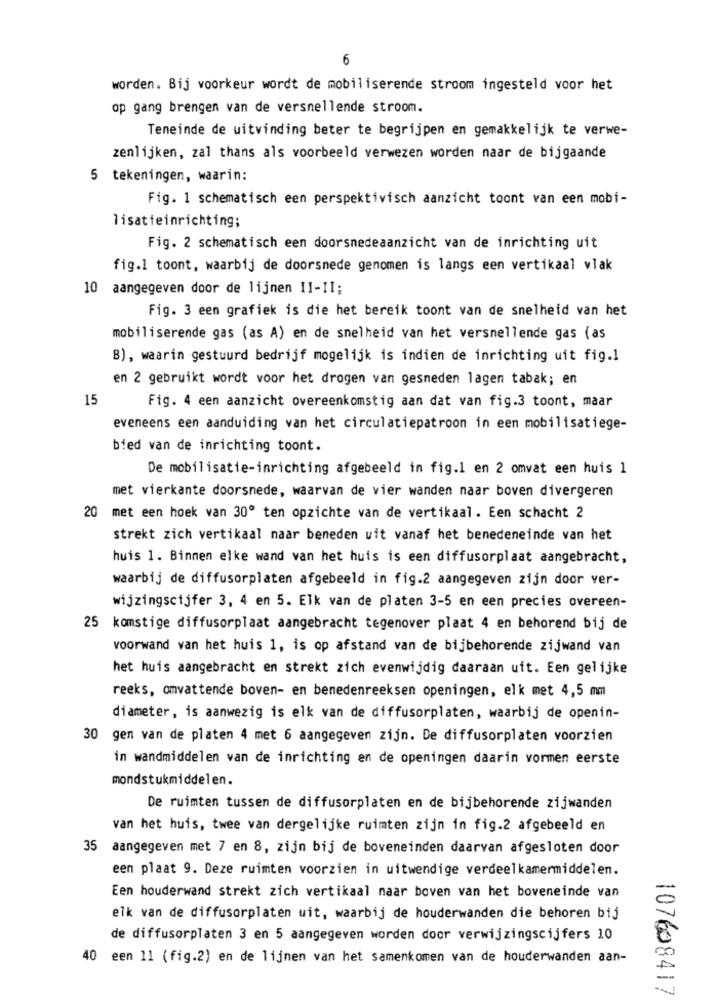
6
worden. Bij voorkeur wordt de mobiliserende stroom ingesteld voor het
op gang brengen van de versnellende stroom.
Teneinde de uitvinding beter te begrijpen en gemakkelijk te verwe-
zenlijken, zal thans als voorbeeld verwezen worden naar de bijgaande
5 tekeningen, waarin:
Fig. 1 schematisch een perspektivisch aanzicht toont van een mobi-
lisatieinrichting;
Fig. 2 schematisch een doorsnedeaanzicht van de inrichting uit
fig.1 toont, waarbij de doorsnede genomen is langs een vertikaal vlak
10 aangegeven door de lijnen II-II:
Fig. 3 een grafiek is die het bereik toont van de snelheid van het
mobiliserende gas (as A) en de snelheid van het versnellende gas (as
B), waarin gestuurd bedrijf mogelijk is indien de inrichting uit fig.1
en 2 gebruikt wordt voor het drogen van gesneden lagen tabak; en
15
Fig. 4 een aanzicht overeenkomstig aan dat van fig.3 toont, maar
eveneens een aanduiding van het circulatiepatroon in een mobilisatiege-
bied van de inrichting toont.
De mobilisatie-inrichting afgebeeld in fig.1 en 2 omvat een huis 1
met vierkante doorsnede, waarvan de vier wanden naar boven divergeren
20 met een hoek van 30º ten opzichte van de vertikaal. Een schacht 2
strekt zich vertikaal naar beneden uit vanaf het benedeneinde van het
huis 1. Binnen elke wand van het huis is een diffusorplaat aangebracht,
waarbij de diffusorplaten afgebeeld in fig.2 aangegeven zijn door ver-
wijzingscijfer 3, 4 en 5. Elk van de platen 3-5 en een precies overeen-
25 komstige diffusorplaat aangebracht tegenover plaat 4 en behorend bij de
voorwand van het huis 1, is op afstand van de bijbehorende zijwand van
het huis aangebracht en strekt zich evenwijdig daaraan uit. Een gelijke
reeks, omvattende boven- en benedenreeksen openingen, elk met 4,5 mm
diameter, is aanwezig is elk van de diffusorplaten, waarbij de openin-
30 gen van de platen 4 met 6 aangegeven zijn. De diffusorplaten voorzien
in wandmiddelen van de inrichting en de openingen daarin vormen eerste
mondstukmiddelen.
De ruimten tussen de diffusorplaten en de bijbehorende zijwanden
van het huis, twee van dergelijke ruimten zijn in fig.2 afgebeeld en
35 aangegeven met 7 en 8, zijn bij de boveneinden daarvan afgesloten door
een plaat 9. Deze ruimten voorzien in uitwendige verdeelkamermiddelen.
Een houderwand strekt zich vertikaal naar boven van het boveneinde van
elk van de diffusorplaten uit, waarbij de houderwanden die behoren bij
de diffusorplaten 3 en 5 aangegeven worden door verwijzingscijfers 10
40 een 11 (fig.2) en de lijnen van het samenkomen van de houderwanden aan-
107608417